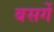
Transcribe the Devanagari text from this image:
बसर्गे